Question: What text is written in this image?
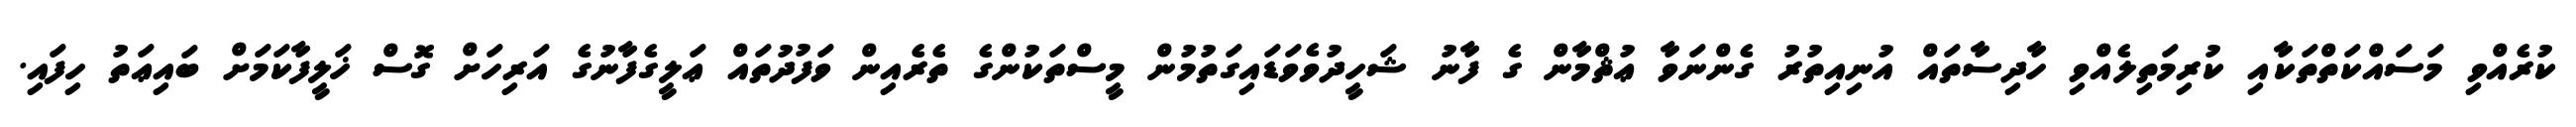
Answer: ކުރެއްވި މަސައްކަތްތަކާއި ކުރިމަތިލެއްވި ހާދިސާތައް އުނިއިތުރު ގެންނަވާ ޢުޘްމާން ގެ ފާނު ޝަހީދުވެވަޑައިގަތުމުން މީސްތަކުންގެ ތެރެއިން ވަފުދުތައް ޢަލީގެފާނުގެ އަރިހަށް ގޮސް ޚަލީފާކަމަށް ބައިޢަތު ހިފައި.